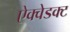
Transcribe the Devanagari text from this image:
ऐक्वेडक्ट